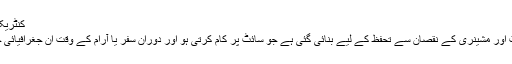
کنٹریکٹر کے پلانٹ اور مشینری کی انشورنس:
یہ ایک سالانہ پالیسی کنٹریکٹر کے پلانٹ اور مشینری کے نقصان سے تحفظ کے لیے بنائی گئی ہے جو سائٹ پر کام کرتی ہو اور دوران سفر یا آرام کے وقت ان جغرافیائی حدود کے اندر جس کا شیڈول میں ذکر ہو۔